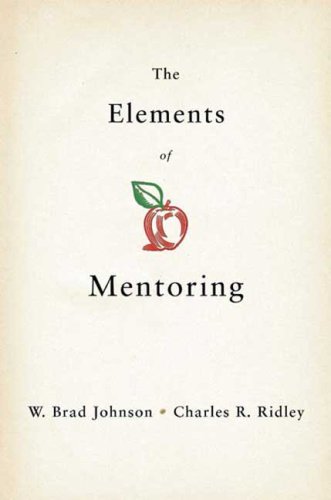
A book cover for The Elements of Mentoring; W. Brad Johnson; Business & Money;